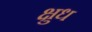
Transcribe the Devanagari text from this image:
क्षुध